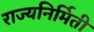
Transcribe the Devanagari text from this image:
राज्यनिर्मिती